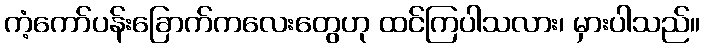
ကံ့ကော်ပန်းခြောက်ကလေးတွေဟု ထင်ကြပါသလား၊ မှားပါသည်။